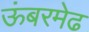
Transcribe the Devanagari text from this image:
ऊंबरमेढ